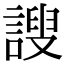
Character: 謏